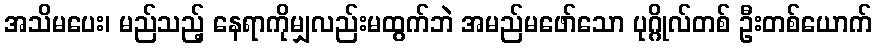
အသိမပေး၊ မည်သည့် နေရာကိုမျှလည်းမထွက်ဘဲ အမည်မဖော်သော ပုဂ္ဂိုလ်တစ် ဦးတစ်ယောက်